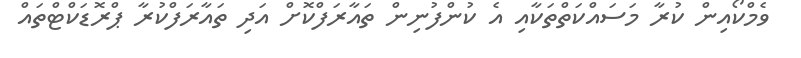
ވެމްކޯއިން ކުރާ މަސައްކަތްތަކާއި އެ ކުންފުނިން ތައާރަފްކޮށް އަދި ތައާރަފްކުރާ ޕްރޮޑަކްޓްތައް